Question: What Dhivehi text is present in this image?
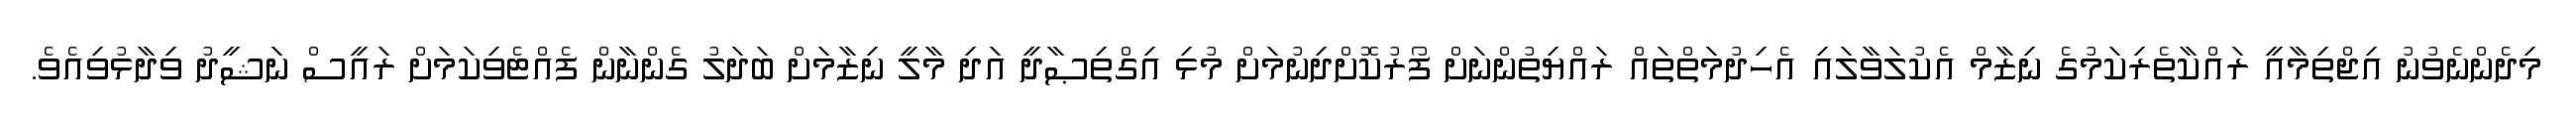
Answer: މިދެންނެވުނު އިޖްތިމާއީ ރައްކާތެރިކަމުގެ ނިޒާމް އެކުލަވާލައި އެހިދުމަތްތައް ރައްޔިތުންނަށް ފޯރުކޮށްދިނުމަށް މުޅި އިގްތިޞާދީ އަދި މާލީ ނިޒާމަށް ބަދަލު ގެންނާން ފެއްޓެވިކަމަށް ރައީސް ނަޝީދު ވިދާޅުވިއެވެ.